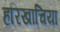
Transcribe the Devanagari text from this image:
हरिखाचिया